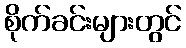
စိုက်ခင်းများတွင်